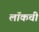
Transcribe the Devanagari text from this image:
लॉकची